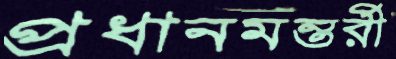
প্রধানমন্তর্রী